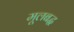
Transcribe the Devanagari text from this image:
मूलबद्ध